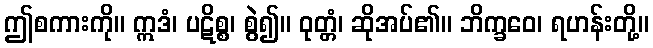
ဤစကားကို။ ဣဒံ၊ ပဋိစ္စ၊ စွဲ၍။ ဝုတ္တံ၊ ဆိုအပ်၏။ ဘိက္ခဝေ၊ ရဟန်းတို့။